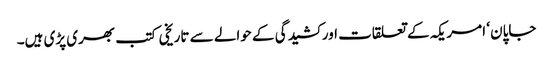
جاپان ‘ امریکہ کے تعلقات اور کشیدگی کے حوالے سے تاریخی کتب بھری پڑی ہیں۔